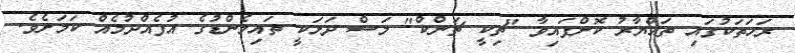
ރަހަތަކުގައި ތައްޔާރު ކޮށްފައިވާ "ޗިކީ ޗަންކް" މަސް ދަޅަކީ ތައިލެންޑުގެ އުފެއްދުމެއް ކަމަށެވެ.